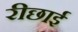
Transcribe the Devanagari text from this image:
रीछाई